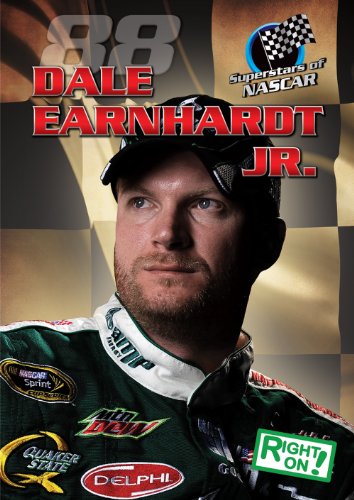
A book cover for Dale Earnhardt Jr. (Superstars of NASCAR); Michael Ford; Children's Books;